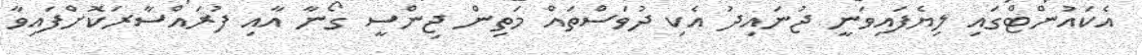
އެކައުންޓްގައި ލިޔެފައިވަނީ ޖުނައިދު އެކި ދުވަސްތައް މަތިން ޖިންސީ ގޯނާ އާއި ފުރައްސާރަކޮށްފައިވާ